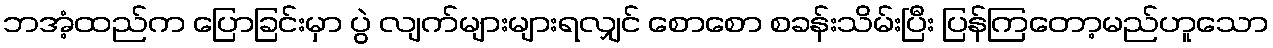
ဘအံ့ထည်က ပြောခြင်းမှာ ပွဲ လျက်များများရလျှင် စောစော စခန်းသိမ်းပြီး ပြန်ကြတော့မည်ဟူသော